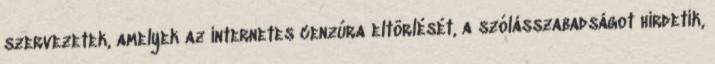
szervezetek, amelyek az internetes cenzúra eltörlését, a szólásszabadságot hirdetik,